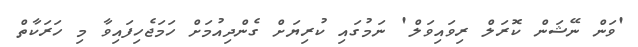
'ވަން ނޭޝަން ކޮރަލް ރިވައިވަލް' ނަމުގައި ކުރިޔަށް ގެންދިއުމަށް ހަމަޖެހިފައިވާ މި ހަރަކާތް